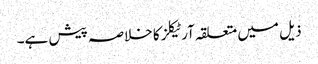
ذیل میں متعلقہ آرٹیکلز کا خلاصہ پیش ہے۔